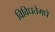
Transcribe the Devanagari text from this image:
विविधतेमधे